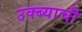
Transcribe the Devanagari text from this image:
उक्ब्याची